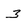
Character: 3